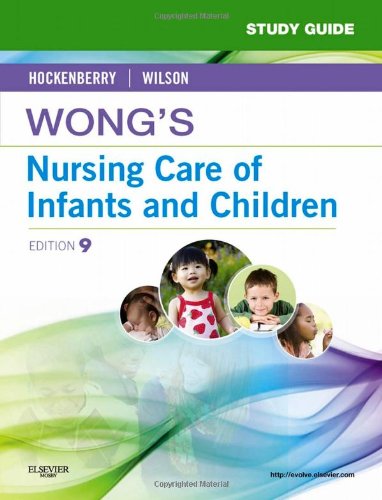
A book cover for Study Guide for Wong's Nursing Care of Infants and Children, 9e; Marilyn J. Hockenberry PhD  RN  PNP-BC  FAAN; Medical Books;